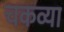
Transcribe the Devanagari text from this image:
चकव्या